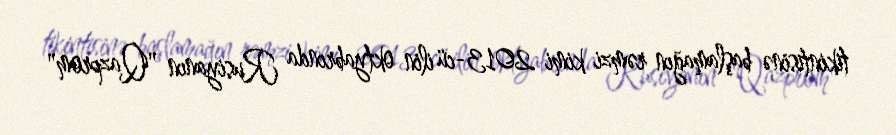
tikintisinə başlamağın rəmzi kimi 2013-cü ilin oktyabrında Rusiyanın "Qazprom"